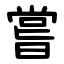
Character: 嘗